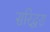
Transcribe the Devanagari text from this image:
सरिद्वरा